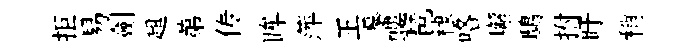
拒易劍趄苐传眸萍王摹螻琶棣咯嶰鴟拊盱稍